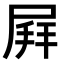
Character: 𡲄